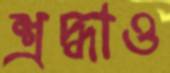
শ্রদ্ধাও